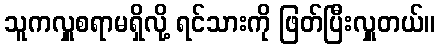
သူကလှူစရာမရှိလို့ ရင်သားကို ဖြတ်ပြီးလှူတယ်။